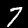
Label: 7